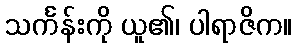
သင်္ကန်းကို ယူ၏၊ ပါရာဇိက။